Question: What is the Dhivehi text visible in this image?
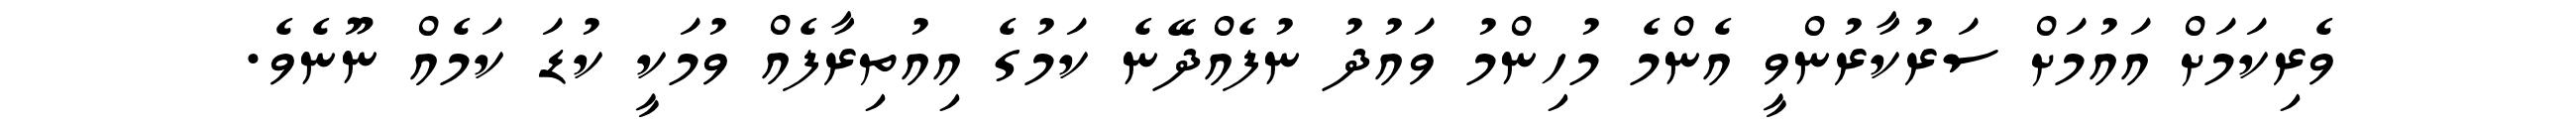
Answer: ވެރިކަމަށް އައުމަށް ސަރުކާރުންވީ އެންމެ މުހިންމު ވައުދު ނުފެއްދޭނެ ކަމުގެ އިއުތިރާފެއް ވުމަކީ ކުޑަ ކަމެއް ނޫނެވެ.